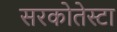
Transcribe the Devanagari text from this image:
सरकोतेस्टा